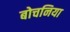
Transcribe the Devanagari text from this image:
बोचनिया